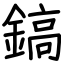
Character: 鎬